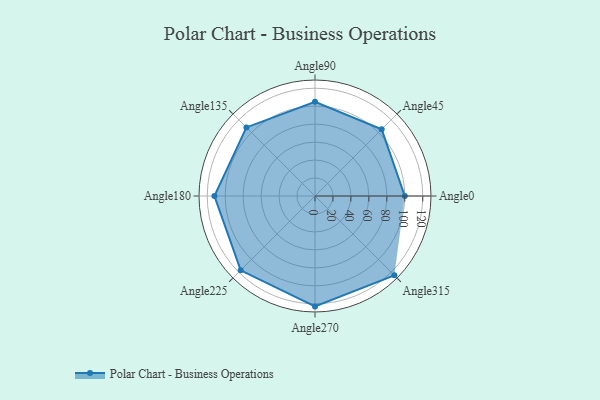
{"axis": {"x": "Angle", "y": "Radius"}, "legend": [""], "data": [{"x": "Angle0", "y": 100.0, "type": ""}, {"x": "Angle45", "y": 105.0, "type": ""}, {"x": "Angle90", "y": 105.0, "type": ""}, {"x": "Angle135", "y": 108.0, "type": ""}, {"x": "Angle180", "y": 112.0, "type": ""}, {"x": "Angle225", "y": 117.0, "type": ""}, {"x": "Angle270", "y": 123.0, "type": ""}, {"x": "Angle315", "y": 125.0, "type": ""}]}